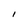
Character: I